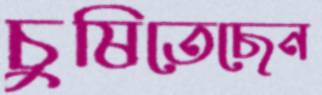
চুষিতেছেন